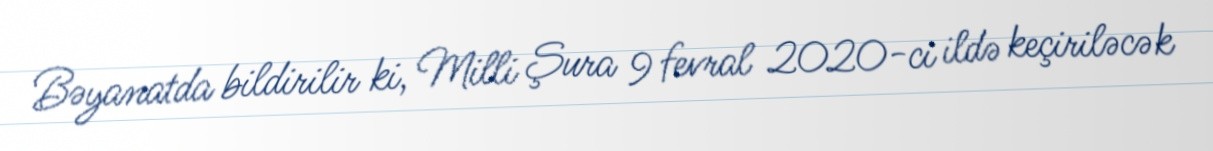
Bəyanatda bildirilir ki, Milli Şura 9 fevral 2020-ci ildə keçiriləcək